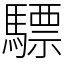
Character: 驃